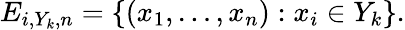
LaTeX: E_{i,Y_{k},n}=\{ (x_{1},\ldots,x_{n}):x_{i}\in Y_{k}\} .